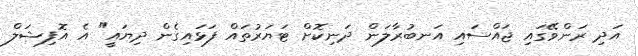
އަދި ރަންވޭގައި ޖައްސައި އަނބުރާލަން ދަނިކޮށް ޓަޔަރުތައް ފަޅައިގެން ދިޔައީ" އެ އޮފިޝަލް